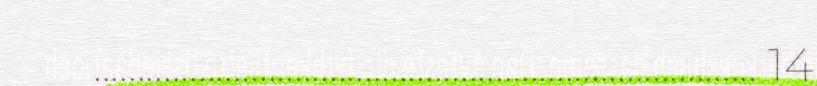
............................................................................ 14